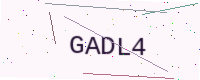
Text: GADL4